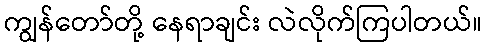
ကျွန်တော်တို့ နေရာချင်း လဲလိုက်ကြပါတယ်။